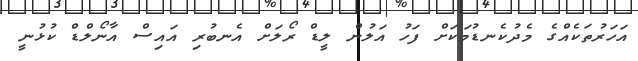
އަހަރުތަކެއްގެ މެދުކެނޑުމަކަށް ފަހު އަލުން ލީޑް ރޯލަށް އެނބުރި އައިސް އާނޯލްޑް ކުޅުނީ